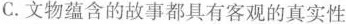
C. 文物蕴含的故事都具有客观的真实性